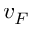
v _ { F }